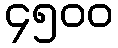
၄၅၀၀